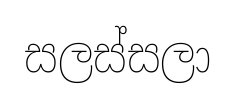
සලස්සලා